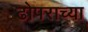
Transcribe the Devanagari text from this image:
ढोपराच्या